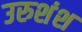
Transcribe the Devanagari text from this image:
उरुशंश